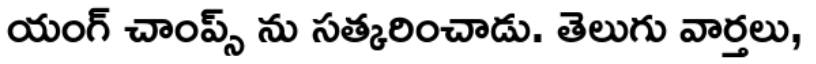
యంగ్ చాంప్స్ ను సత్కరించాడు. తెలుగు వార్తలు,